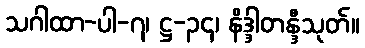
သဂါထာ-ပါ-၇၊ ဋ္ဌ-၃၄၊ နိဒ္ဒါတန္ဒီသုတ်။